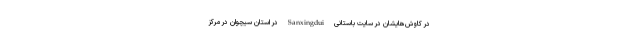
در کاوش‌هایشان در سایت باستانی Sanxingdui در استان سیچوان در مرکز